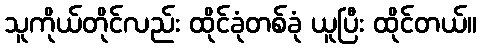
သူကိုယ်တိုင်လည်း ထိုင်ခုံတစ်ခုံ ယူပြီး ထိုင်တယ်။